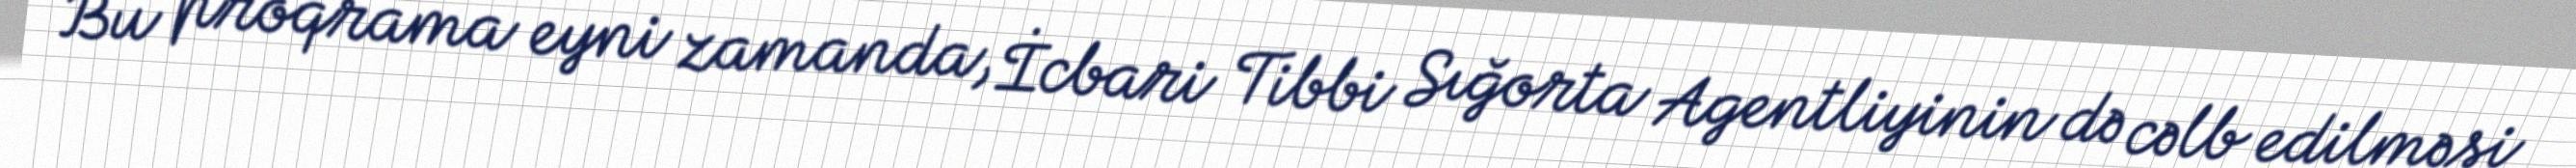
Bu proqrama eyni zamanda, İcbari Tibbi Sığorta Agentliyinin də cəlb edilməsi